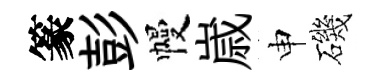
篆彭幔𡻕申磯